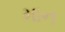
માન